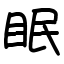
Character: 眠